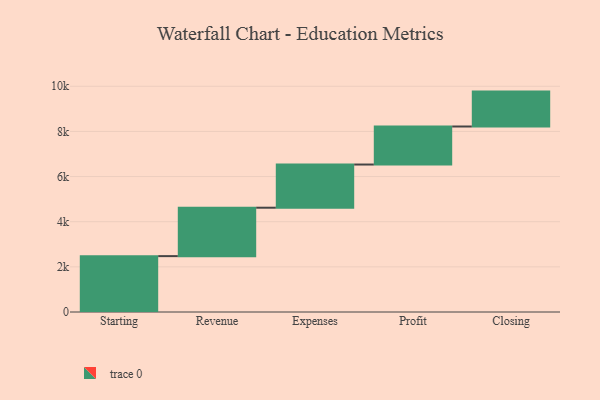
{"axis": {"x": "Step", "y": "Value"}, "legend": [""], "data": [{"x": "Starting", "y": 2475.0, "type": ""}, {"x": "Revenue", "y": 2145.0, "type": ""}, {"x": "Expenses", "y": 1913.0, "type": ""}, {"x": "Profit", "y": 1685.0, "type": ""}, {"x": "Closing", "y": 1546.0, "type": ""}]}